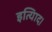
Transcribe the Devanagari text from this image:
इत्यािद।